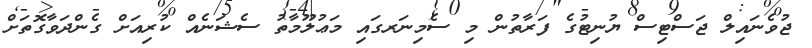
ޖުވެނައިލް ޖަސްޓިސް ޔުނިޓުގެ ފަރާތުން މި ސެމިނަރގައި މަޢުލޫމާތު ސެޝަނެއް ކުރިއަށް ގެންދަވާގޮތަށް